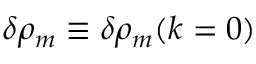
\delta \rho _ { m } \equiv \delta \rho _ { m } ( k = 0 )